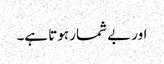
اور بے شمار ہوتا ہے۔